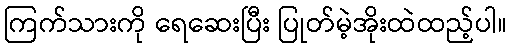
ကြက်သားကို ရေဆေးပြီး ပြုတ်မဲ့အိုးထဲထည့်ပါ။